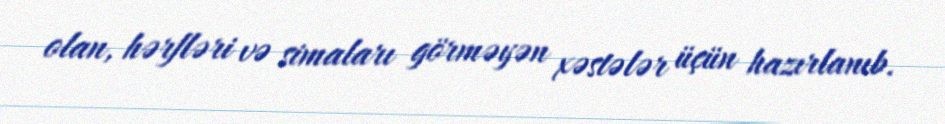
olan, hərfləri və simaları görməyən xəstələr üçün hazırlanıb.